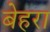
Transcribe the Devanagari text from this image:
बेहरा